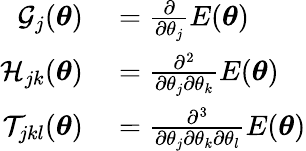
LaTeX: \begin{array}{rl}{\mathcal{G}_{j}({\boldsymbol{\theta}})}&{{}=\frac{\partial}{\partial\theta_{j}}E({\boldsymbol{\theta}})}\\ {\mathcal{H}_{jk}({\boldsymbol{\theta}})}&{{}=\frac{\partial^{2}}{\partial\theta_{j}\partial\theta_{k}}E({\boldsymbol{\theta}})}\\ {\mathcal{T}_{jkl}({\boldsymbol{\theta}})}&{{}=\frac{\partial^{3}}{\partial\theta_{j}\partial\theta_{k}\partial\theta_{l}}E({\boldsymbol{\theta}})}\end{array}